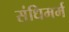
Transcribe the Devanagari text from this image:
संधिमर्म